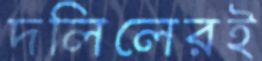
দলিলেরই